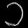
Digit: ၁